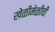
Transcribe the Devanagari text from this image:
खेळीमेळीची